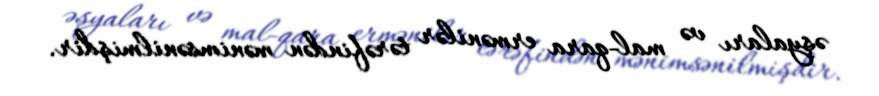
əşyaları və mal-qara ermənilər tərəfindən mənimsənilmişdir.